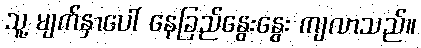
သူ့ မျက်နှာပေါ် နေခြည်နွေးနွေး ကျလာသည်။